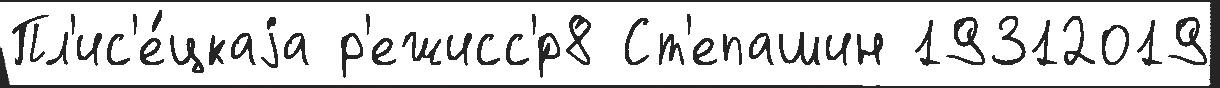
Пл'ис'е́цкаjа р'ежисс'́р8 Ст'епашин 19312019